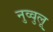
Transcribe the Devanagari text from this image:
नुव्वुलू